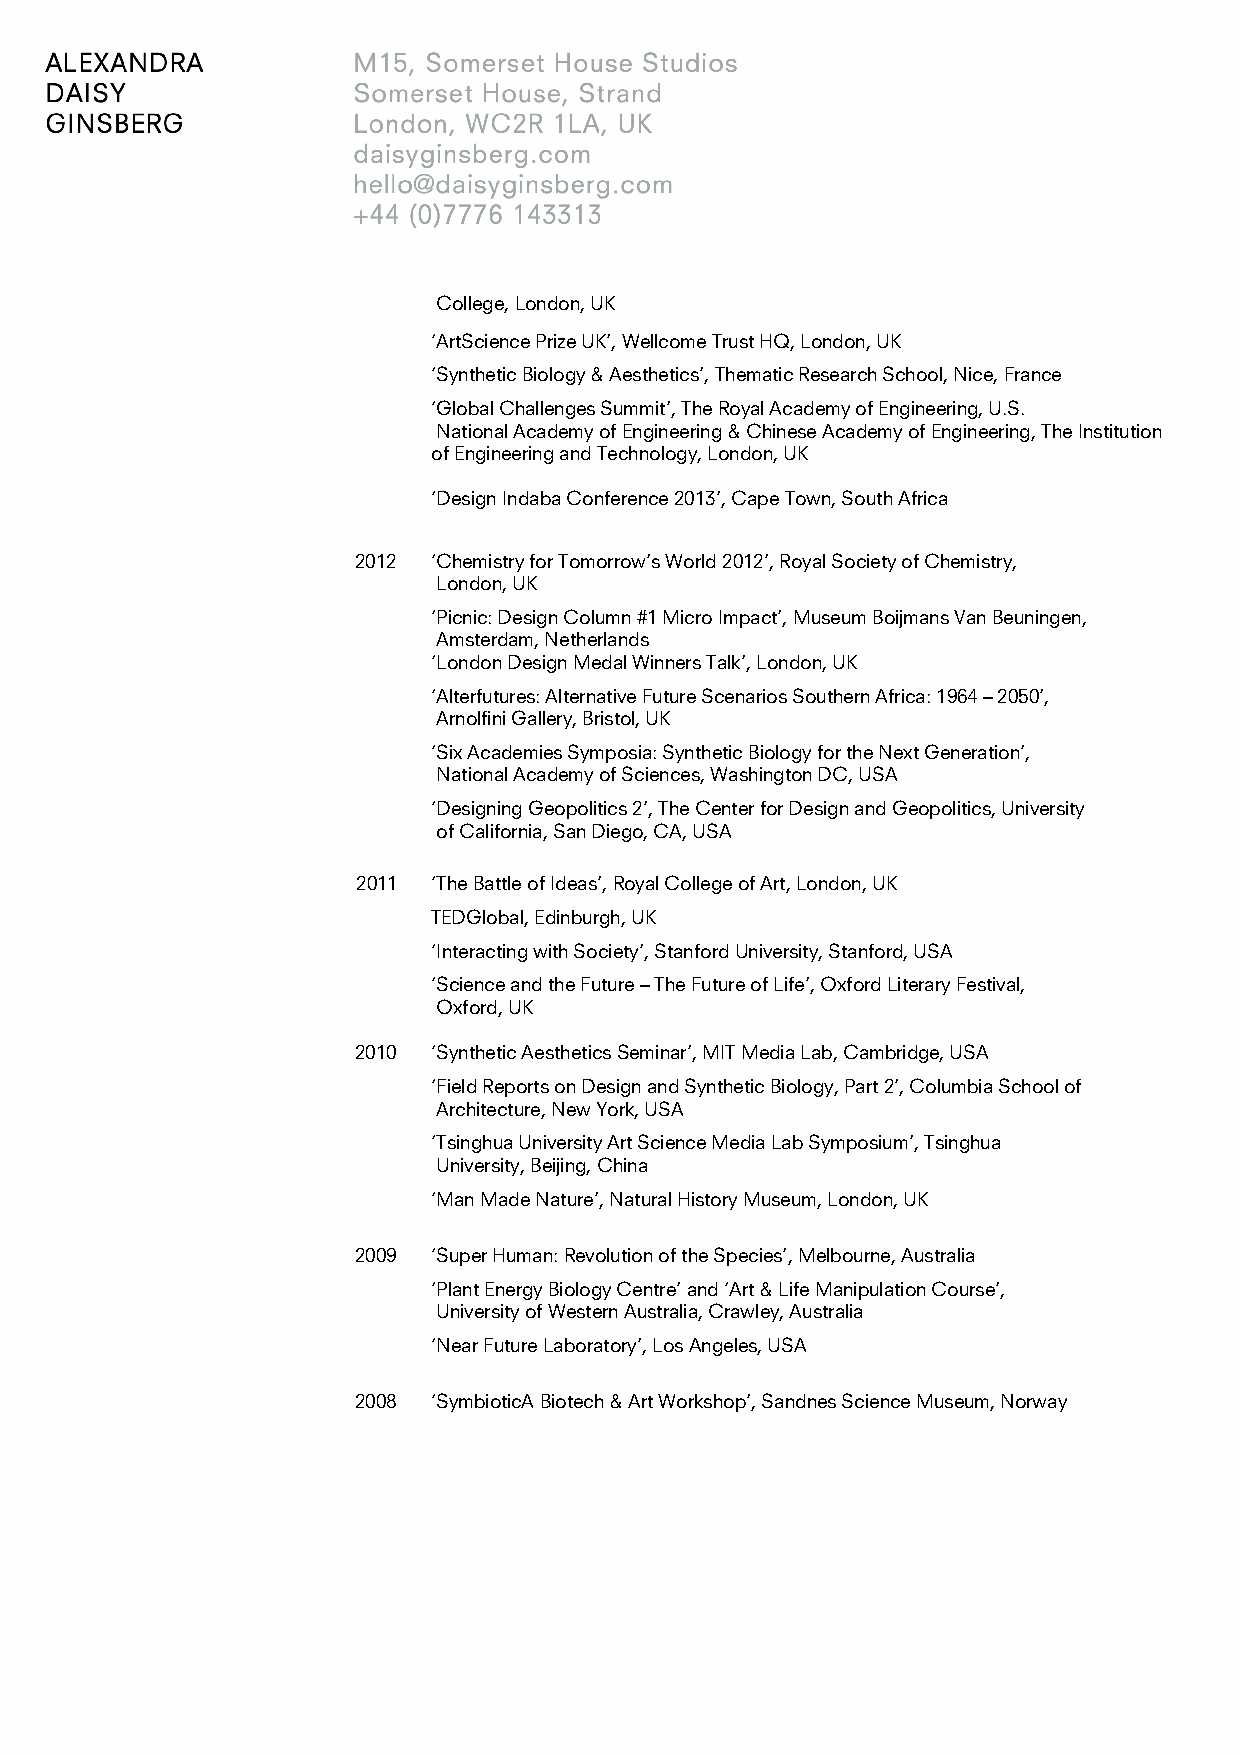
College, London, UK
 ‘ArtScience Prize UK’, Wellcome Trust HQ, London, UK
 ‘Synthetic Biology & Aesthetics’, Thematic Research School, Nice, France
 ‘Global Challenges Summit’, The Royal Academy of Engineering, U.S.
 National Academy of Engineering & Chinese Academy of Engineering, The Institution
 of Engineering and Technology, London, UK
 ‘Design Indaba Conference 2013’, Cape Town, South Africa
 2012  ‘Chemistry for Tomorrow’s World 2012’, Royal Society of Chemistry,
 London, UK
 ‘Picnic: Design Column #1 Micro Impact’, Museum Boijmans Van Beuningen,
 Amsterdam, Netherlands
 ‘London Design Medal Winners Talk’, London, UK
 ‘Alterfutures: Alternative Future Scenarios Southern Africa: 1964 – 2050’,
 Arnolfini Gallery, Bristol, UK
 ‘Six Academies Symposia: Synthetic Biology for the Next Generation’,
 National Academy of Sciences, Washington DC, USA
 ‘Designing Geopolitics 2’, The Center for Design and Geopolitics, University
 of California, San Diego, CA, USA
 2011 ‘The Battle of Ideas’, Royal College of Art, London, UK
 TEDGlobal, Edinburgh, UK
 ‘Interacting with Society’, Stanford University, Stanford, USA
 ‘Science and the Future – The Future of Life’, Oxford Literary Festival,
 Oxford, UK
 2010  ‘Synthetic Aesthetics Seminar’, MIT Media Lab, Cambridge, USA
 ‘Field Reports on Design and Synthetic Biology, Part 2’, Columbia School of
 Architecture, New York, USA
 ‘Tsinghua University Art Science Media Lab Symposium’, Tsinghua
 University, Beijing, China
 ‘Man Made Nature’, Natural History Museum, London, UK
 2009  ‘Super Human: Revolution of the Species’, Melbourne, Australia
 ‘Plant Energy Biology Centre’ and ‘Art & Life Manipulation Course’,
 University of Western Australia, Crawley, Australia
 ‘Near Future Laboratory’, Los Angeles, USA
 2008  ‘SymbioticA Biotech & Art Workshop’, Sandnes Science Museum, Norway